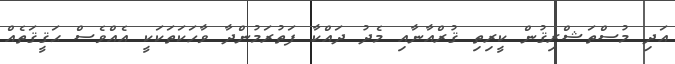
އަދި މުސްތަޝްރިޤުން ކީރިތި ޤުރްއާނާއި މެދު ދައްކާ ފަތުރަމުންދާ ވާހަކަތަކަކީ އެއްވެސް ޙަޤީޤަތެއް